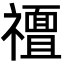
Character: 𮂟